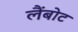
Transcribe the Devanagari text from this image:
लैंबोट